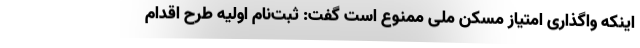
اینکه واگذاری امتیاز مسکن ملی ممنوع است گفت: ثبت‌نام اولیه طرح اقدام